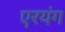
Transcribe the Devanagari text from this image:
एरयंग